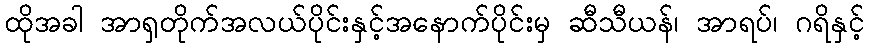
ထိုအခါ အာရှတိုက်အလယ်ပိုင်းနှင့်အနောက်ပိုင်းမှ ဆီသီယန်၊ အာရပ်၊ ဂရိနှင့်